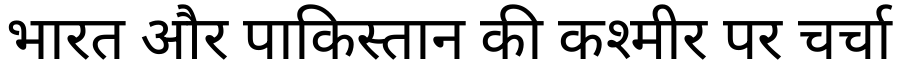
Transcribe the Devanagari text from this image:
भारत और पाकिस्तान की कश्मीर पर चर्चा